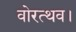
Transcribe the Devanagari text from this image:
वोरत्थव।